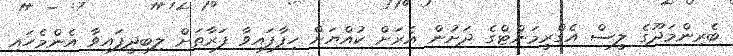
ބެރިންމަދޫގެ ލީސް އެގްރީމަންޓްގެ ދަށުން އެރަށް ކުއްޔަށް ހިފާފައިވާ ފަރާތަށް ލިބިދީފައިވާ އެންމެހައި